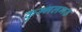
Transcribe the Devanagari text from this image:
कुम्‍भलगढ